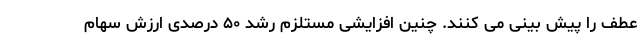
عطف را پیش بینی می کنند. چنین افزایشی مستلزم رشد ۵۰ درصدی ارزش سهام